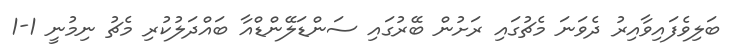
ބަލިވެފައިވާއިރު ދެވަނަ މެޗުގައި ރަށުން ބޭރުގައި ސަންޑަލޭންޑްއާ ބައްދަލުކުރި މެޗު ނިމުނީ 1-1